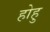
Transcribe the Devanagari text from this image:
होहु